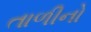
તાળીનો